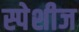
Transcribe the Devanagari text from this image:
स्पेशीज